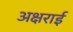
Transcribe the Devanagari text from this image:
अक्षराई